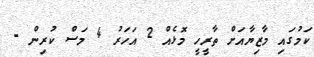
ކަމުގައި މާޒިޔާއަށް ތާރީހީ މޮޅެއް 2 އަހަރު 4 މަސް ކުރިން -